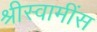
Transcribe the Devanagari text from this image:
श्रीस्वामींस